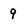
Character: 9